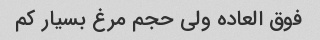
فوق العاده ولی حجم مرغ بسیار کم